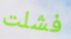
فشلت